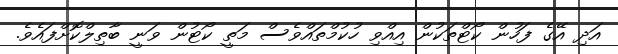
އަދި އޭގެ ފަހުން ކޯޓްތަކުން އިއްވި ހުކުމްތައްވެސް މަތީ ކޯޓުން ވަނީ ބާތިލްކޮށްފައެވެ.